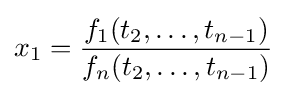
x_{1}={\frac {f_{1}(t_{2},\ldots ,t_{n-1})}{f_{n}(t_{2},\ldots ,t_{n-1})}}